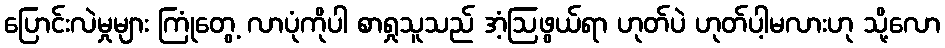
ပြောင်းလဲမှုများ ကြုံတွေ့ လာပုံကိုပါ စာရှုသူသည် အံ့ဩဖွယ်ရာ ဟုတ်ပဲ ဟုတ်ပါ့မလားဟု သို့လော